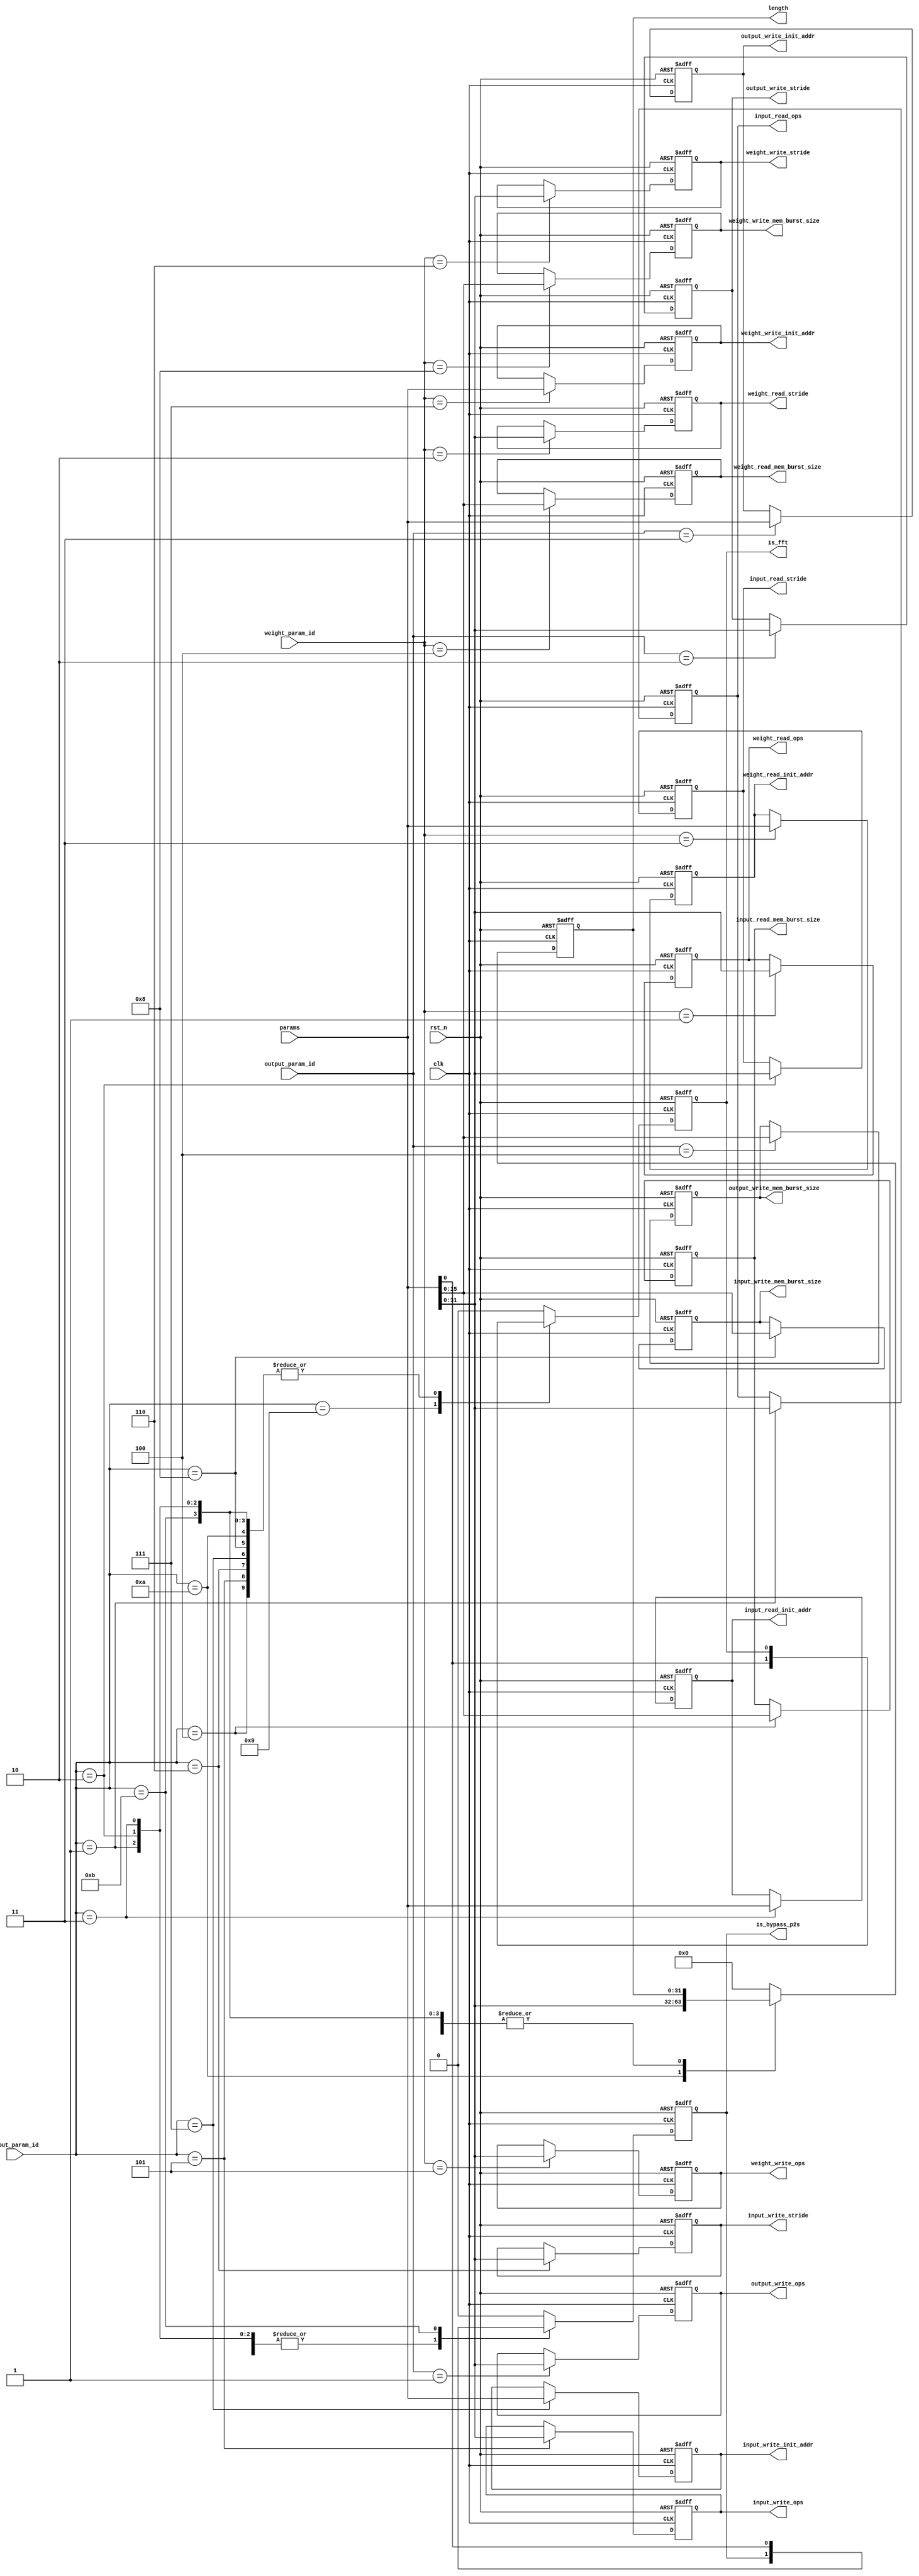
//////////////////////////////////////////////////////////////////////////////////
// Company: 
// Engineer: 
// 
// Design Name: 
// Module Name: bu_write_addr_generator
// Project Name: 
// Target Devices: 
// Tool Versions: 
// Description: 
// 
// Dependencies: 
// 
// Revision:
// Revision 0.01 - File Created
// Additional Comments:
// 
//////////////////////////////////////////////////////////////////////////////////


module hbm_control
# (
  parameter ADDR_WIDTH   = 33
)
(
  //////////////////ddr clock/////////////////
  input wire                   clk,
  input  wire                   rst_n, 
  //////////////////paramters /////////////
  input  wire  [ADDR_WIDTH-1:0] params,
  input wire  [4-1:0]           input_param_id,
  input wire  [4-1:0]           weight_param_id,
  input wire  [3-1:0]           output_param_id,

  //////////////////control and data for input/////////////
  //read
  output  wire  [32-1:0]         input_read_ops,
  output  wire  [32-1:0]         input_read_stride,
  output  wire  [ADDR_WIDTH-1:0] input_read_init_addr,
  output  wire  [16-1:0]         input_read_mem_burst_size,
  //write
  output wire   [32-1:0]         input_write_ops,
  output wire   [32-1:0]         input_write_stride,
  output wire   [ADDR_WIDTH-1:0] input_write_init_addr,
  output wire   [16-1:0]         input_write_mem_burst_size,

  output wire                     is_fft,
  output wire    [32-1:0]         length,
  output wire                     is_bypass_p2s,

  //////////////////control and data for weightput/////////////
  //read
  output  wire  [32-1:0]         weight_read_ops,
  output  wire  [32-1:0]         weight_read_stride,
  output  wire  [ADDR_WIDTH-1:0] weight_read_init_addr,
  output  wire  [16-1:0]         weight_read_mem_burst_size,
  //write
  output wire   [32-1:0]         weight_write_ops,
  output wire   [32-1:0]         weight_write_stride,
  output wire   [ADDR_WIDTH-1:0] weight_write_init_addr,
  output wire   [16-1:0]         weight_write_mem_burst_size,


  //////////////////control and data for output/////////////
  //raed is not used for output buffer
  //write
  output wire   [32-1:0]         output_write_ops,
  output wire   [32-1:0]         output_write_stride,
  output wire   [ADDR_WIDTH-1:0] output_write_init_addr,
  output wire   [16-1:0]         output_write_mem_burst_size
);

//////////////////control and data for input/////////////
//read
reg  [32-1:0]         input_read_ops_r;
reg  [32-1:0]         input_read_stride_r;
reg  [ADDR_WIDTH-1:0] input_read_init_addr_r;
reg  [16-1:0]         input_read_mem_burst_size_r;
//write
reg   [32-1:0]         input_write_ops_r;
reg   [32-1:0]         input_write_stride_r;
reg   [ADDR_WIDTH-1:0] input_write_init_addr_r;
reg   [16-1:0]         input_write_mem_burst_size_r;

//////////////////control and data for weightput/////////////
//read
reg  [32-1:0]         weight_read_ops_r;
reg  [32-1:0]         weight_read_stride_r;
reg  [ADDR_WIDTH-1:0] weight_read_init_addr_r;
reg  [16-1:0]         weight_read_mem_burst_size_r;
//write
reg   [32-1:0]         weight_write_ops_r;
reg   [32-1:0]         weight_write_stride_r;
reg   [ADDR_WIDTH-1:0] weight_write_init_addr_r;
reg   [16-1:0]         weight_write_mem_burst_size_r;


//////////////////control and data for output/////////////
//raed is not used for output buffer
//write
reg   [32-1:0]         output_write_ops_r;
reg   [32-1:0]         output_write_stride_r;
reg   [ADDR_WIDTH-1:0] output_write_init_addr_r;
reg   [16-1:0]         output_write_mem_burst_size_r;
reg                    is_fft_r;
reg   [32-1:0]         length_r;
reg                    is_bypass_p2s_r;

//////////////////FSM for input read/write signals/////////////
always @(posedge clk or negedge rst_n)
if(!rst_n) begin
    input_read_ops_r <= 0;
    input_read_stride_r <= 0;
    input_read_init_addr_r <= 0;
    input_read_mem_burst_size_r <= 0;
    input_write_ops_r <= 0;
    input_write_stride_r <= 0;
    input_write_init_addr_r <= 0;
    input_write_mem_burst_size_r <= 0;
    is_fft_r <= 0;
    length_r <= 0;
    is_bypass_p2s_r <= 0;
end
else begin
    case (input_param_id)
        4'b0001: begin
            input_read_ops_r <= params[32-1:0];
        end
        4'b0010: begin
            input_read_stride_r <= params[32-1:0];
        end
        4'b0011: begin
            input_read_init_addr_r <= params[ADDR_WIDTH-1:0];
        end
        4'b0100: begin
            input_read_mem_burst_size_r <= params[16-1:0];
        end
        4'b0101: begin
            input_write_ops_r <= params[32-1:0];
        end
        4'b0110: begin
            input_write_stride_r <= params[32-1:0];
        end
        4'b0111: begin
            input_write_init_addr_r <= params[ADDR_WIDTH-1:0];
        end
        4'b1000: begin
            input_write_mem_burst_size_r <= params[16-1:0];
        end
        4'b1001: begin
            is_fft_r <= params[0];
        end
        4'b1010: begin
            length_r <= params[32-1:0];
        end
        4'b1011: begin
            is_bypass_p2s_r <= params[0];
        end
        default begin
            input_read_ops_r <= input_read_ops_r;
            input_read_stride_r <= input_read_stride_r;
            input_read_init_addr_r <= input_read_init_addr_r ;
            input_read_mem_burst_size_r <= input_read_mem_burst_size_r;
            input_write_ops_r <= input_write_ops_r;
            input_write_stride_r <= input_write_stride_r;
            input_write_init_addr_r <= input_write_init_addr_r;
            input_write_mem_burst_size_r <= input_write_mem_burst_size_r;
            is_fft_r <= 0;
            length_r <= 0;
            is_bypass_p2s_r <= 0;
        end
    endcase
end

assign input_read_ops = input_read_ops_r;
assign input_read_stride = input_read_stride_r;
assign input_read_init_addr = input_read_init_addr_r;
assign input_read_mem_burst_size = input_read_mem_burst_size_r;
assign input_write_ops = input_write_ops_r;
assign input_write_stride = input_write_stride_r;
assign input_write_init_addr = input_write_init_addr_r;
assign input_write_mem_burst_size = input_write_mem_burst_size_r;
assign is_fft = is_fft_r;
assign length = length_r;
assign is_bypass_p2s = is_bypass_p2s_r;

//////////////////FSM for weight read/write signals/////////////
always @(posedge clk or negedge rst_n)
if(!rst_n) begin
    weight_read_ops_r <= 0;
    weight_read_stride_r <= 0;
    weight_read_init_addr_r <= 0;
    weight_read_mem_burst_size_r <= 0;
    weight_write_ops_r <= 0;
    weight_write_stride_r <= 0;
    weight_write_init_addr_r <= 0;
    weight_write_mem_burst_size_r <= 0;
end
else begin
    case (weight_param_id)
        4'b0001: begin
            weight_read_ops_r <= params[32-1:0];
        end
        4'b0010: begin
            weight_read_stride_r <= params[32-1:0];
        end
        4'b0011: begin
            weight_read_init_addr_r <= params[ADDR_WIDTH-1:0];
        end
        4'b0100: begin
            weight_read_mem_burst_size_r <= params[16-1:0];
        end
        4'b0101: begin
            weight_write_ops_r <= params[32-1:0];
        end
        4'b0110: begin
            weight_write_stride_r <= params[32-1:0];
        end
        4'b0111: begin
            weight_write_init_addr_r <= params[ADDR_WIDTH-1:0];
        end
        4'b1000: begin
            weight_write_mem_burst_size_r <= params[16-1:0];
        end
        default begin
            weight_read_ops_r <= weight_read_ops_r;
            weight_read_stride_r <= weight_read_stride_r;
            weight_read_init_addr_r <= weight_read_init_addr_r ;
            weight_read_mem_burst_size_r <= weight_read_mem_burst_size_r;
            weight_write_ops_r <= weight_write_ops_r;
            weight_write_stride_r <= weight_write_stride_r;
            weight_write_init_addr_r <= weight_write_init_addr_r;
            weight_write_mem_burst_size_r <= weight_write_mem_burst_size_r;
        end
    endcase
end

assign weight_read_ops = weight_read_ops_r;
assign weight_read_stride = weight_read_stride_r;
assign weight_read_init_addr = weight_read_init_addr_r;
assign weight_read_mem_burst_size = weight_read_mem_burst_size_r;
assign weight_write_ops = weight_write_ops_r;
assign weight_write_stride = weight_write_stride_r;
assign weight_write_init_addr = weight_write_init_addr_r;
assign weight_write_mem_burst_size = weight_write_mem_burst_size_r;


//////////////////FSM for output read/write signals/////////////
always @(posedge clk or negedge rst_n)
if(!rst_n) begin
    output_write_ops_r <= 0;
    output_write_stride_r <= 0;
    output_write_init_addr_r <= 0;
    output_write_mem_burst_size_r <= 0;
end
else begin
    case (output_param_id)
        3'b001: begin
            output_write_ops_r <= params[32-1:0];
        end
        3'b010: begin
            output_write_stride_r <= params[32-1:0];
        end
        3'b011: begin
            output_write_init_addr_r <= params[ADDR_WIDTH-1:0];
        end
        3'b100: begin
            output_write_mem_burst_size_r <= params[16-1:0];
        end
        default begin
            output_write_ops_r <= output_write_ops_r;
            output_write_stride_r <= output_write_stride_r;
            output_write_init_addr_r <= output_write_init_addr_r;
            output_write_mem_burst_size_r <= output_write_mem_burst_size_r;
        end
    endcase
end

assign output_write_ops = output_write_ops_r;
assign output_write_stride = output_write_stride_r;
assign output_write_init_addr = output_write_init_addr_r;
assign output_write_mem_burst_size = output_write_mem_burst_size_r;


endmodule